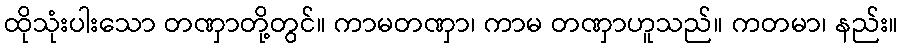
ထိုသုံးပါးသော တဏှာတို့တွင်။ ကာမတဏှာ၊ ကာမ တဏှာဟူသည်။ ကတမာ၊ နည်း။